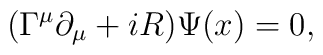
(\Gamma^{\mu} \partial_{\mu} + i R) \Psi (x) = 0,